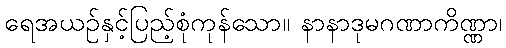
ရေအယဉ်နှင့်ပြည့်စုံကုန်သော။ နာနာဒုမဂဏာကိဏ္ဏာ၊